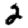
Digit: 2